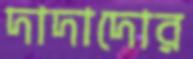
দাদাদোর